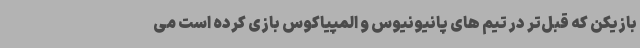
بازیکن که قبل‌تر در تیم های پانیونیوس و المپیاکوس بازی کرده است می